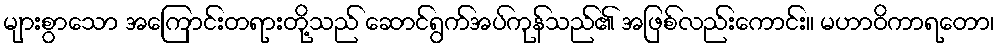
များစွာသော အကြောင်းတရားတို့သည် ဆောင်ရွက်အပ်ကုန်သည်၏ အဖြစ်လည်းကောင်း။ မဟာဝိကာရတော၊